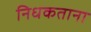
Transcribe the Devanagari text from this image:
निधकताना